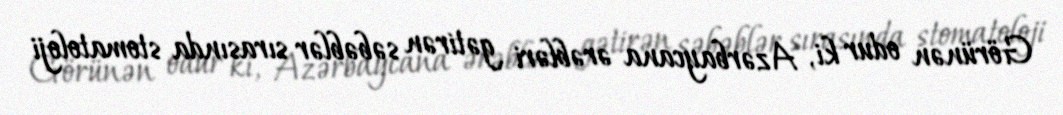
Görünən odur ki, Azərbaycana ərəbləri gətirən səbəblər sırasında stomatoloji